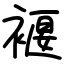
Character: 褗